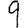
Digit: 9